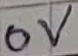
Text: 0V